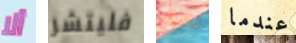
ألا فليتشر نعم عندما